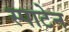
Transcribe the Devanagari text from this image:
स्पाटेन